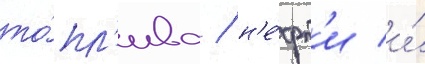
то́пл'ива / н'е́фт'и и́